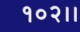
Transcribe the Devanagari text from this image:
१०२।।